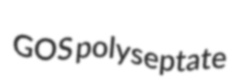
GOS polyseptate